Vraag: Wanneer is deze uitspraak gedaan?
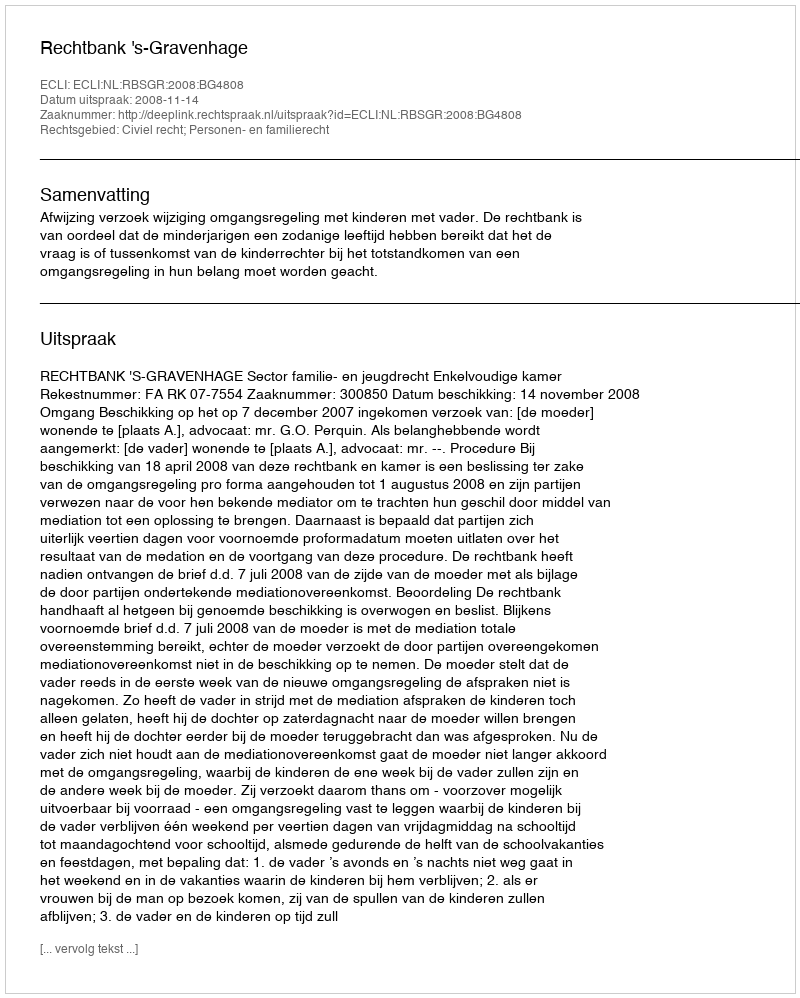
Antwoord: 2008-11-14